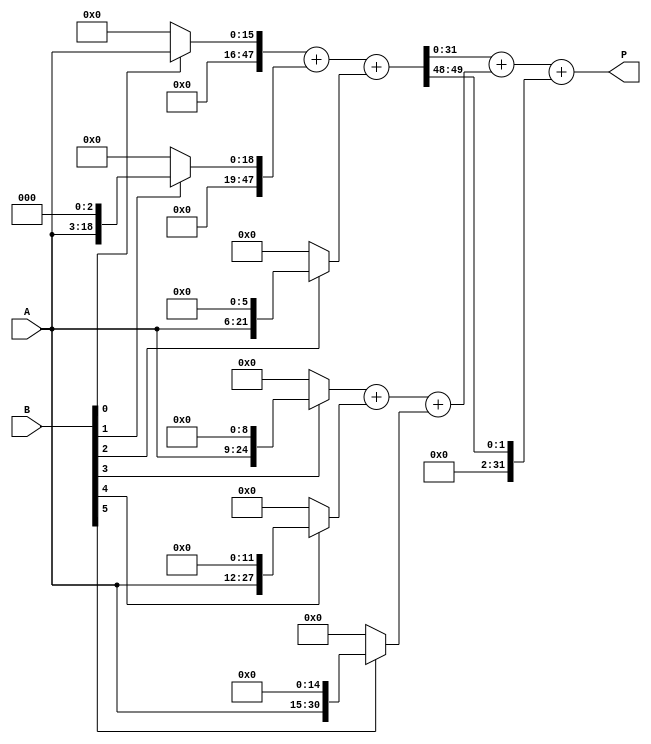
module higher_radix_wallace_multiplier #(
    parameter WIDTH = 16 // Bit-width of the inputs
)(
    input wire [WIDTH-1:0] A, // Multiplicand
    input wire [WIDTH-1:0] B, // Multiplier
    output wire [2*WIDTH-1:0] P // Product
);

// Partial Product Generation for Radix-8
wire [WIDTH*3-1:0] pp_radix8 [0:WIDTH-1]; // Partial products for Radix-8
generate
    genvar i;
    for (i = 0; i < WIDTH; i = i + 1) begin : pp_gen_radix8
        assign pp_radix8[i] = (B[i]) ? (A << (i * 3)) : 0; // Shift A by 3*i if B[i] is 1
    end
endgenerate

// Partial Product Generation for Radix-16
wire [WIDTH*4-1:0] pp_radix16 [0:WIDTH-1]; // Partial products for Radix-16
generate
    for (i = 0; i < WIDTH; i = i + 1) begin : pp_gen_radix16
        assign pp_radix16[i] = (B[i]) ? (A << (i * 4)) : 0; // Shift A by 4*i if B[i] is 1
    end
endgenerate

// Carry-Save Adder (CSA) for Radix-8
wire [WIDTH*3-1:0] sum_csa_radix8 [0:WIDTH/3-1];
wire [WIDTH*3-1:0] carry_csa_radix8 [0:WIDTH/3-1];

generate
    for (i = 0; i < WIDTH/3; i = i + 1) begin : csa_radix8
        // Combine 3 partial products at a time
        assign {carry_csa_radix8[i], sum_csa_radix8[i]} = pp_radix8[i*3] + pp_radix8[i*3+1] + pp_radix8[i*3+2];
    end
endgenerate

// Final Addition Stage for Radix-8
wire [WIDTH*3-1:0] final_sum_radix8;
wire [WIDTH*3-1:0] final_carry_radix8;

assign {final_carry_radix8, final_sum_radix8} = sum_csa_radix8[0] + sum_csa_radix8[1] + carry_csa_radix8[0];

// Carry-Save Adder (CSA) for Radix-16
wire [WIDTH*4-1:0] sum_csa_radix16 [0:WIDTH/4-1];
wire [WIDTH*4-1:0] carry_csa_radix16 [0:WIDTH/4-1];

generate
    for (i = 0; i < WIDTH/4; i = i + 1) begin : csa_radix16
        // Combine 4 partial products at a time
        assign {carry_csa_radix16[i], sum_csa_radix16[i]} = pp_radix16[i*4] + pp_radix16[i*4+1] + pp_radix16[i*4+2] + pp_radix16[i*4+3];
    end
endgenerate

// Final Addition Stage for Radix-16
wire [WIDTH*4-1:0] final_sum_radix16;
wire [WIDTH*4-1:0] final_carry_radix16;

assign {final_carry_radix16, final_sum_radix16} = sum_csa_radix16[0] + sum_csa_radix16[1] + carry_csa_radix16[0];

// Output Product Selection
assign P = (WIDTH % 8 == 0) ? {final_carry_radix8, final_sum_radix8} : {final_carry_radix16, final_sum_radix16};

endmodule